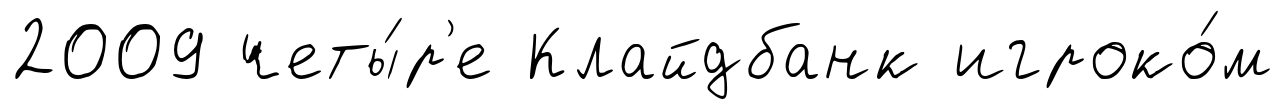
2009 четы́р'е Клайдбанк игроко́м